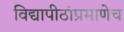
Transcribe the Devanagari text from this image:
विद्यापीठांप्रमाणेच